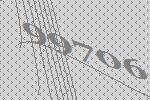
99706